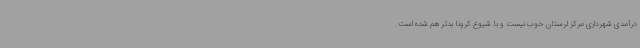
درآمدی شهرداری مرکز لرستان خوب نیست و با شیوع کرونا بدتر هم شده است.